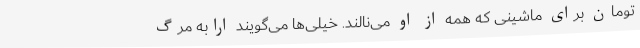
تومان برای ماشینی که همه از او می‌نالند. خیلی‌ها می‌گویند ارابه مرگ